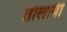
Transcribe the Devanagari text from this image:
तोलायी